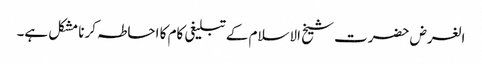
الغرض حضرت شیخ الاسلام کےتبلیغی کام کا احاطہ کرنا مشکل ہے۔